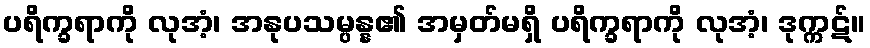
ပရိက္ခရာကို လုအံ့၊ အနုပသမ္ပန္န၏ အမှတ်မရှိ ပရိက္ခရာကို လုအံ့၊ ဒုက္ကဋ်။